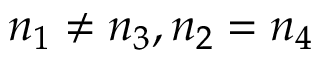
n _ { 1 } \neq n _ { 3 } , n _ { 2 } = n _ { 4 }